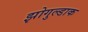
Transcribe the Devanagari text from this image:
झोगुल्डाक